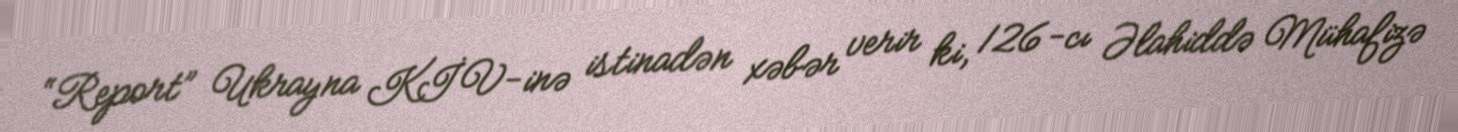
“Report” Ukrayna KİV-inə istinadən xəbər verir ki, 126-cı Əlahiddə Mühafizə